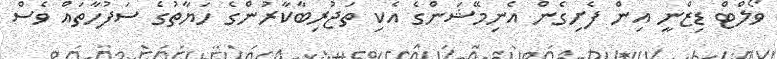
ވޯލްޓް ޑިޒްނީ އިން ފެށިގެން އެނިމޭޝަންގެ އެކި ތަޖުރިބާކާރުންގެ ހަޔާތުގެ ސަފުހާތައް ވެސް